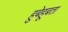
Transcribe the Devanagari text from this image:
हुबेहूबता